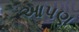
આપણ